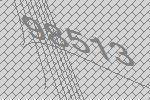
98513